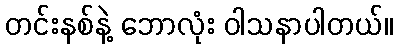
တင်းနစ်နဲ့ ဘောလုံး ဝါသနာပါတယ်။